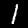
Label: 1